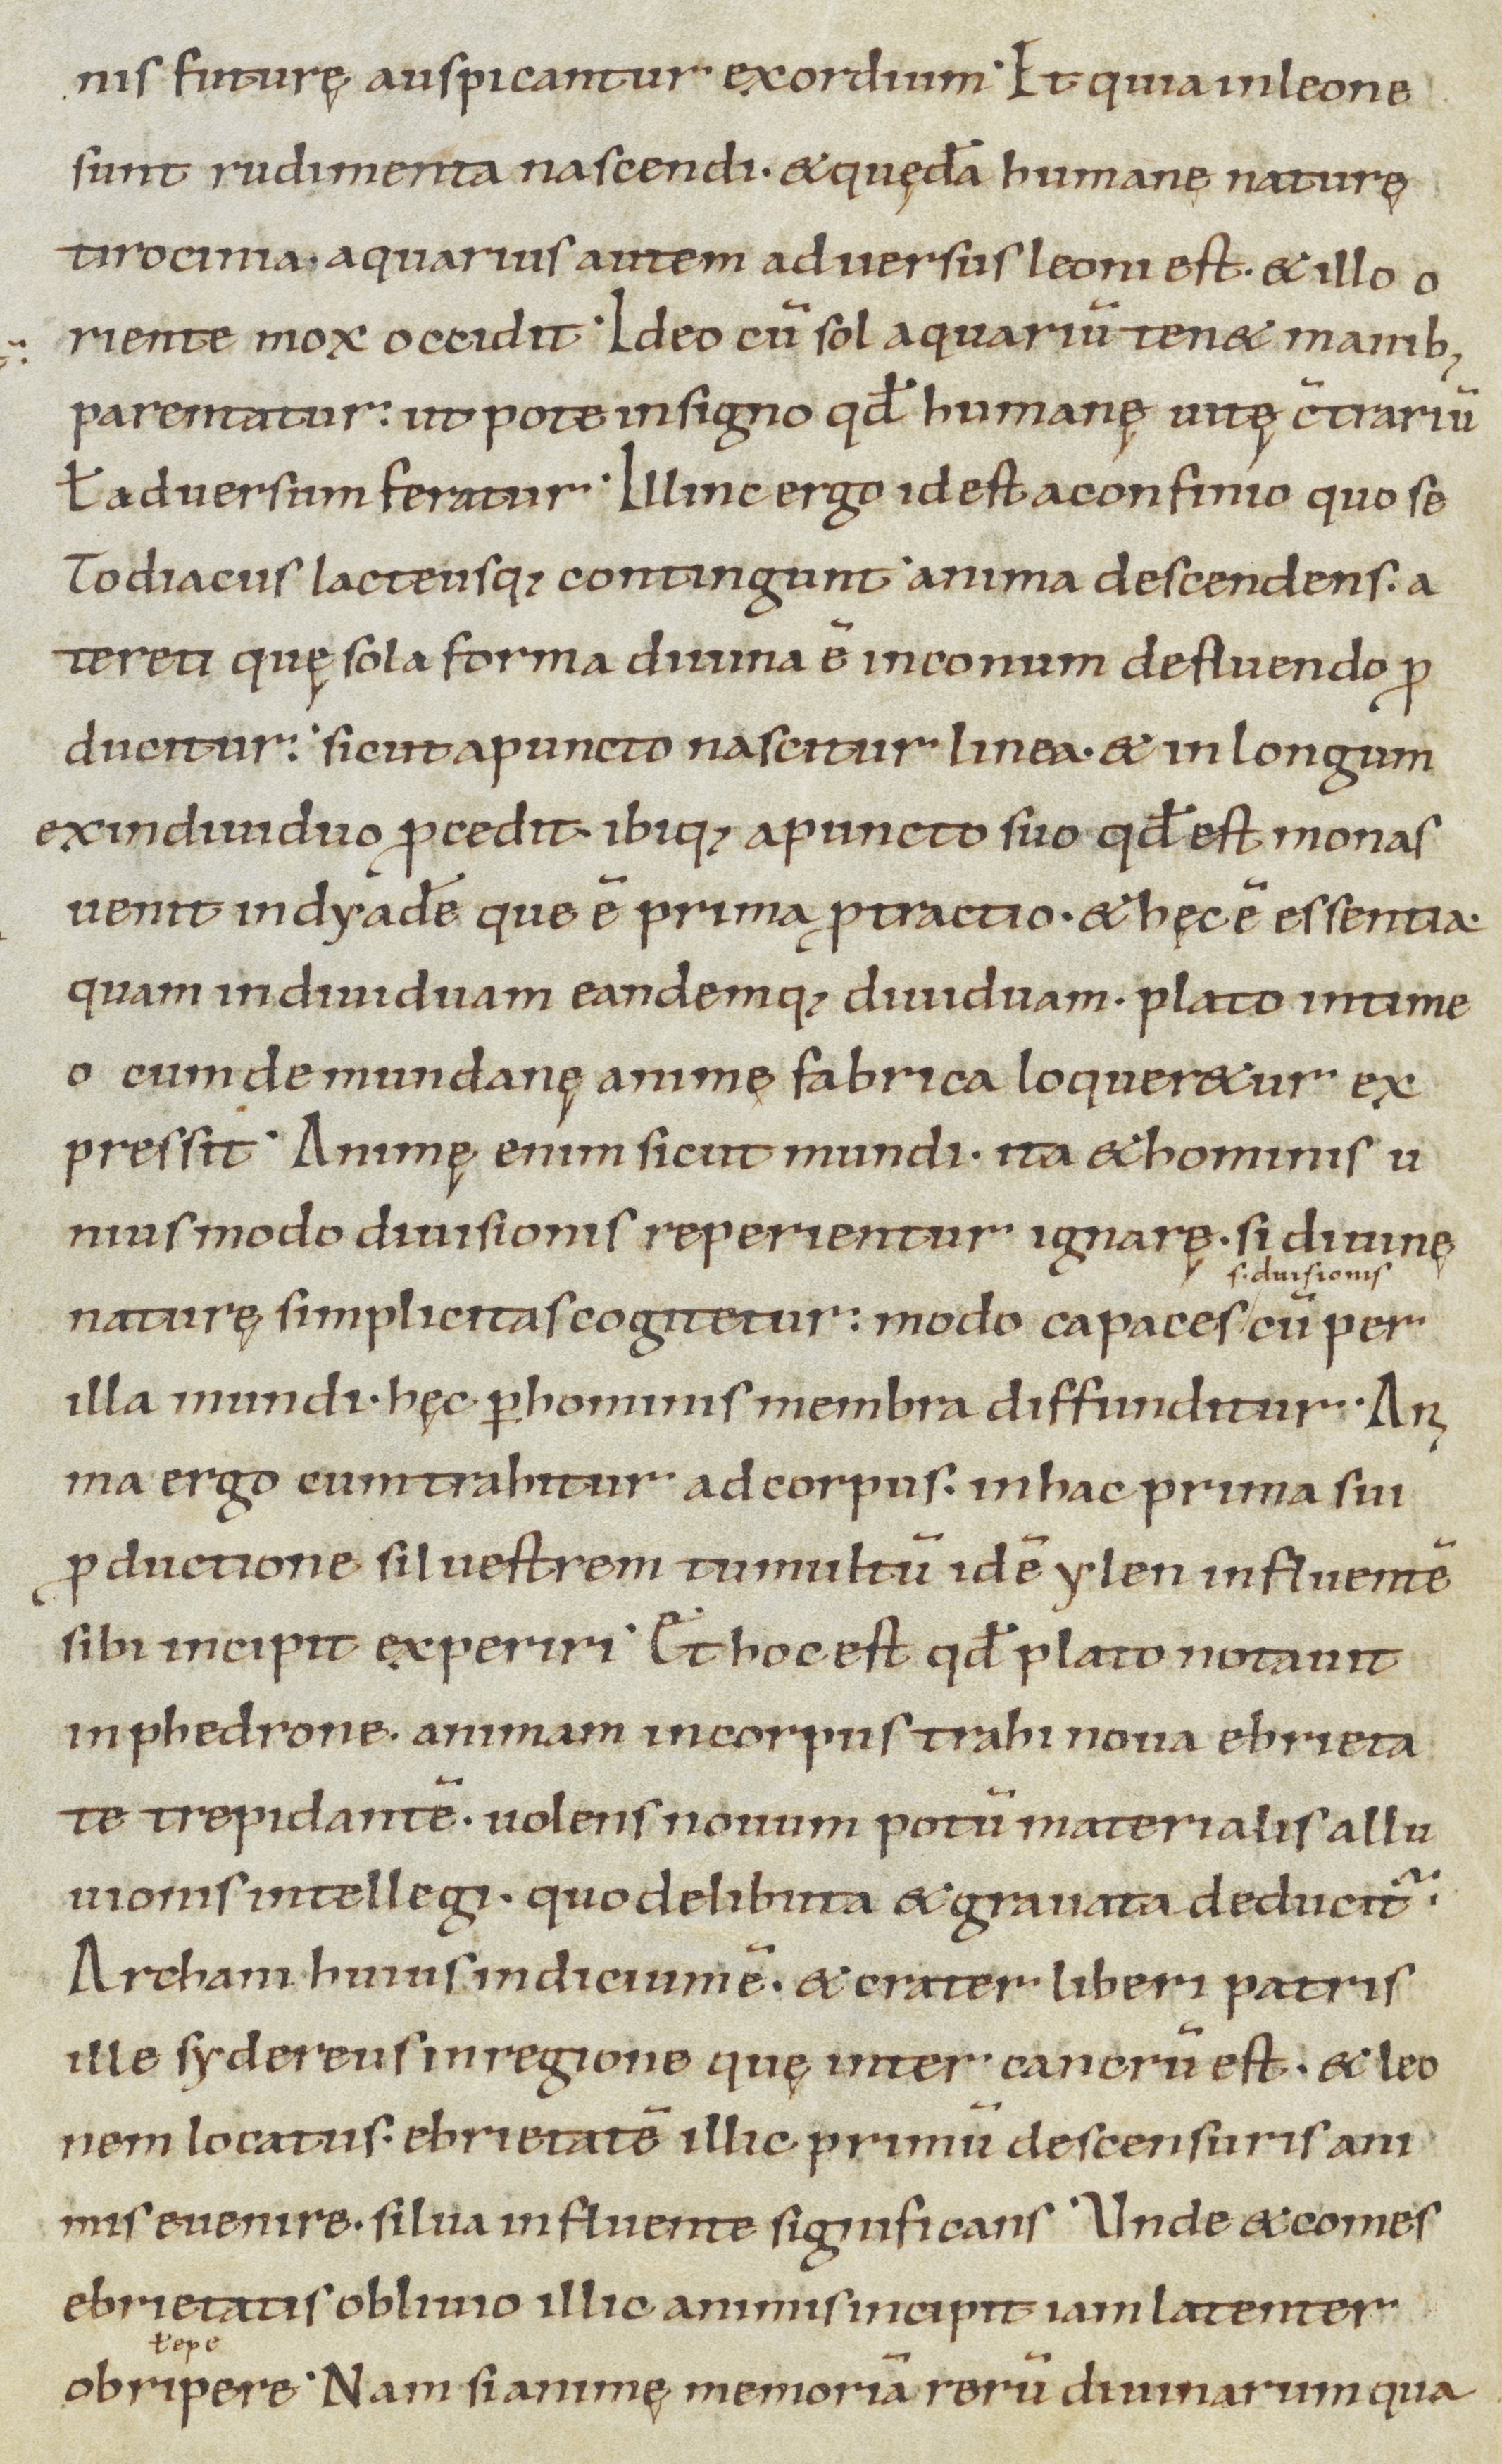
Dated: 900–1199